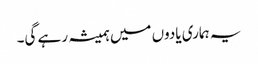
یہ ہماری یادوں میں ہمیشہ رہے گی۔